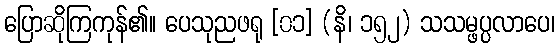
ပြောဆိုကြကုန်၏။ ပေသုညဖရု [၀၁] (နိ၊ ၁၅၂) သသမ္ဖပ္ပလာပေ၊